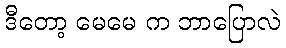
ဒီတော့ မေမေ က ဘာပြောလဲ